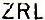
ZRL